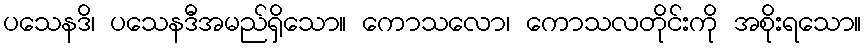
ပသေနဒိ၊ ပသေနဒီအမည်ရှိသော။ ကောသလော၊ ကောသလတိုင်းကို အစိုးရသော။